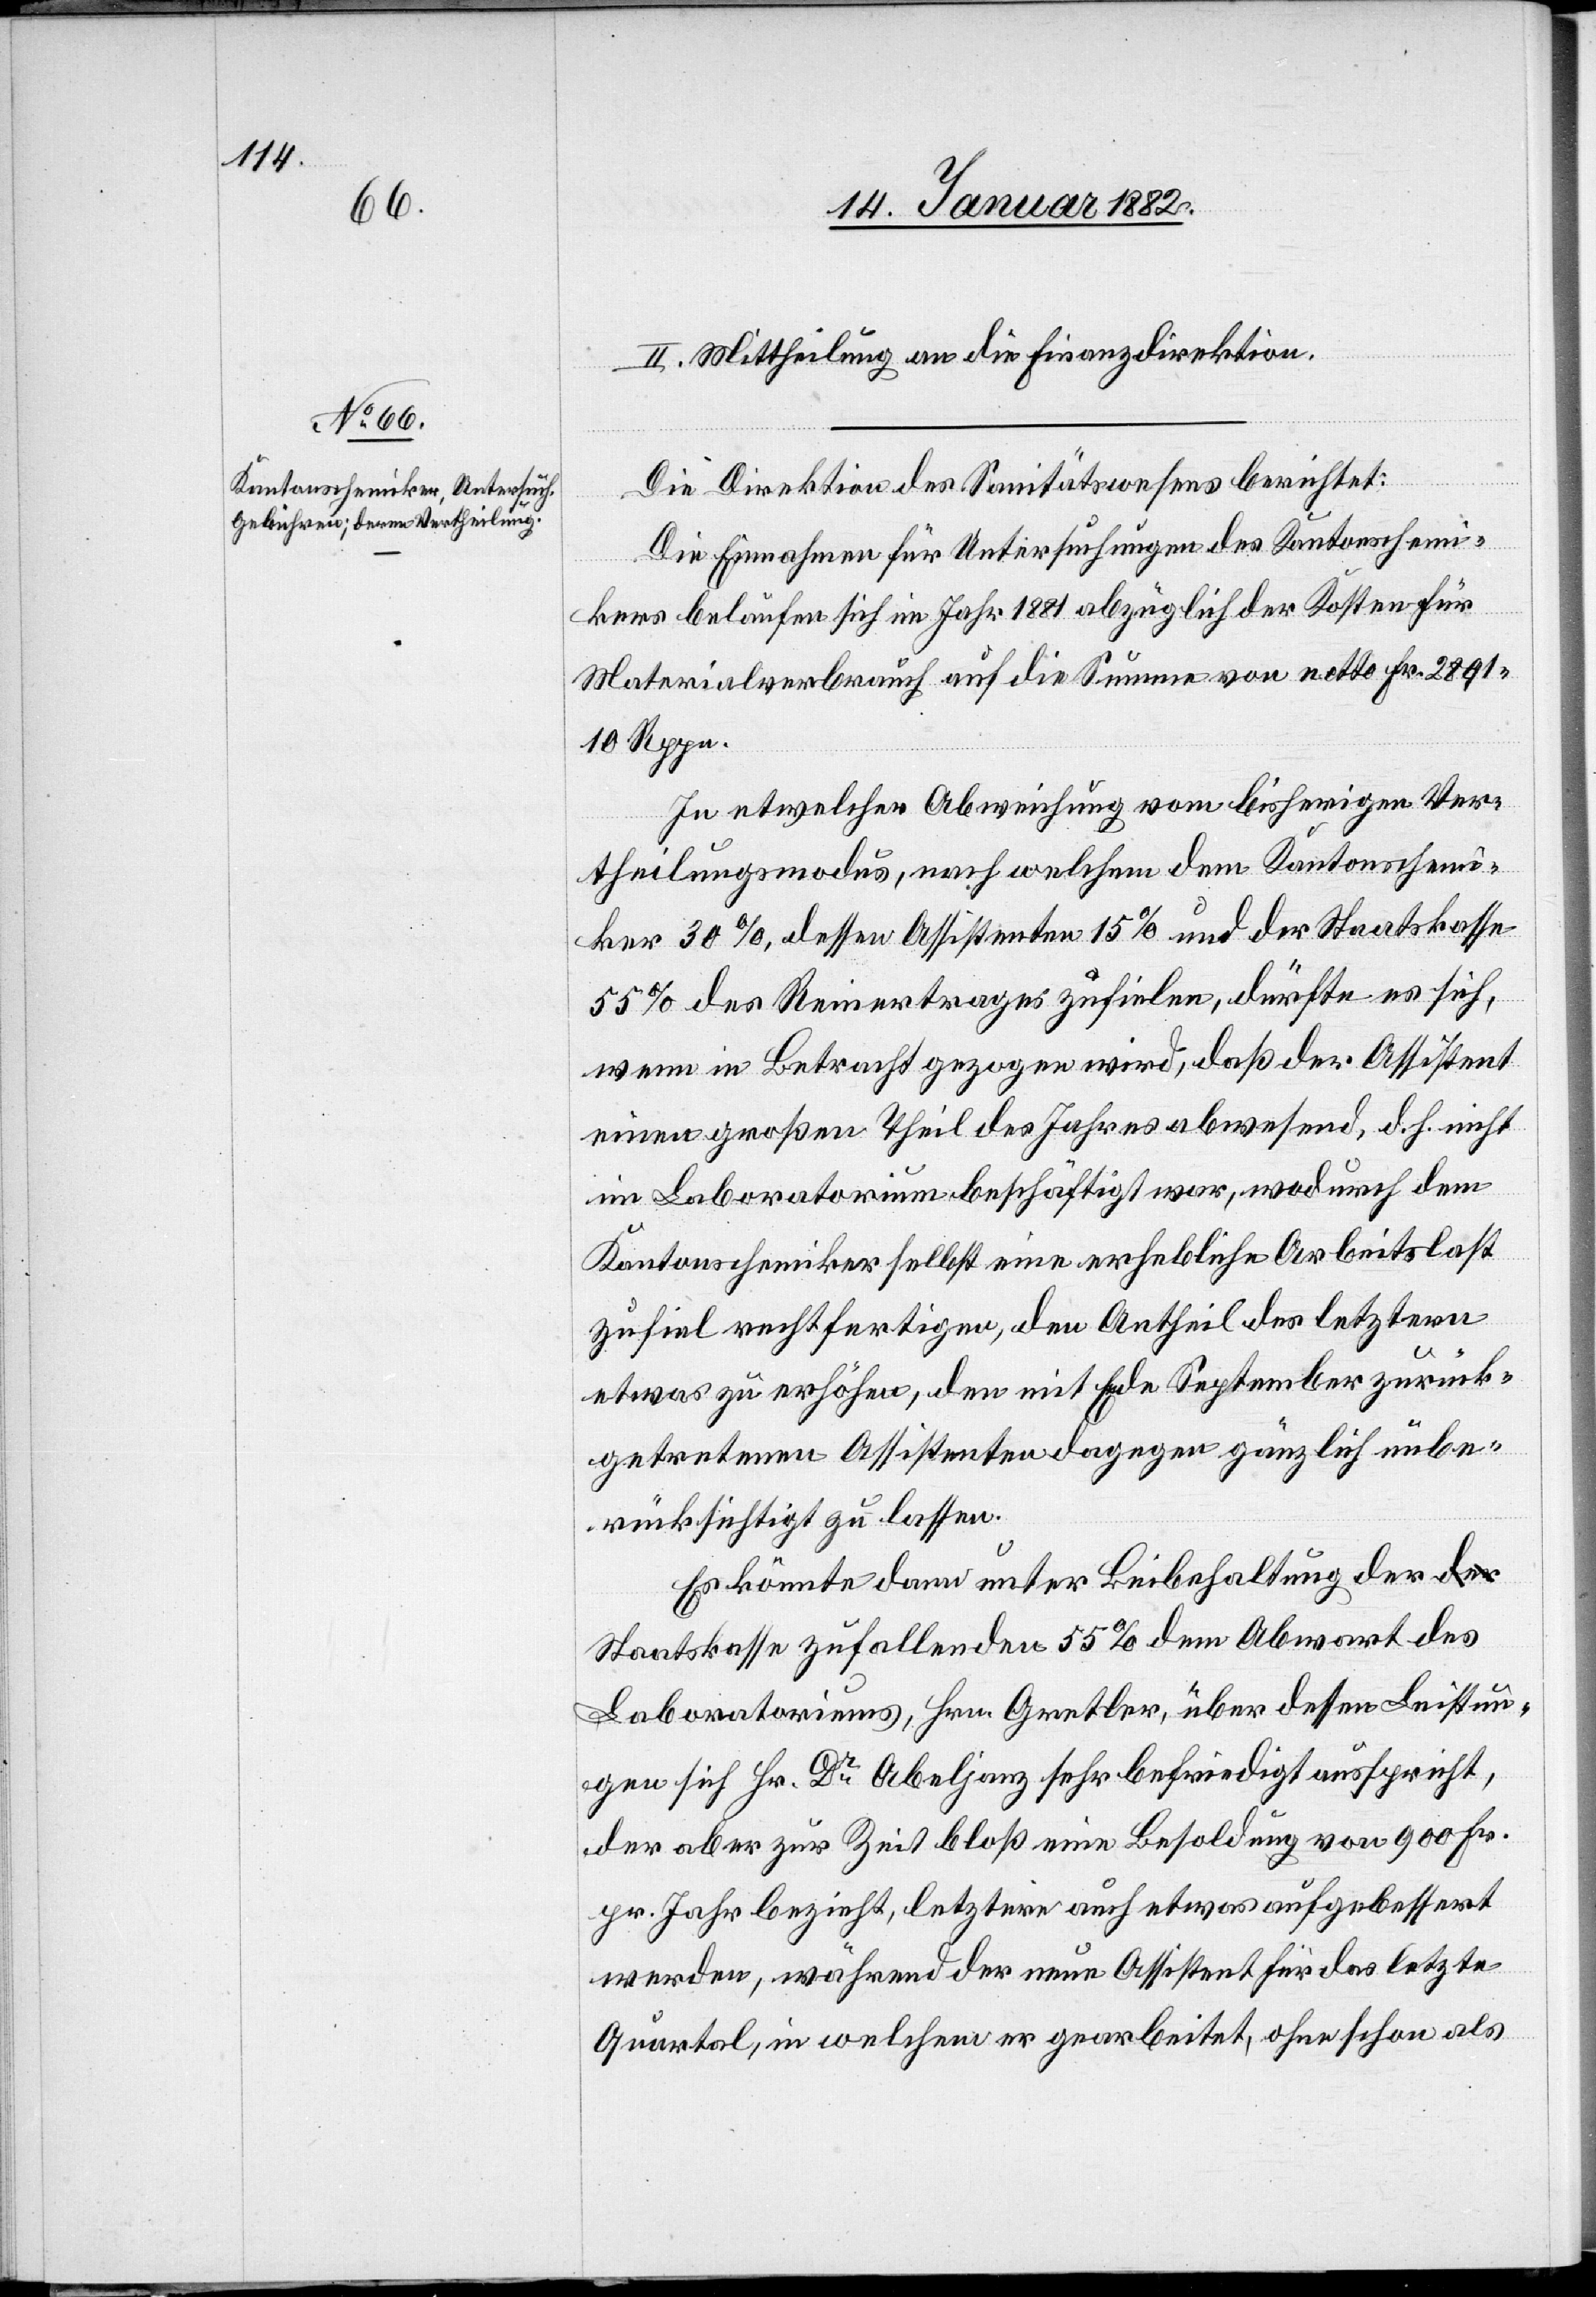
Die Direktion des Sanitätswesens berichtet:
Die Einnahmen der Untersuchungen des Kantonschemi¬
kers belaufen sich im Jahr 1881 abzüglich der Kosten für
Materialverbrauch auf die Summer von netto Fr. 2891
10 Rp.
In etwelcher Abweichung vom bisherigen Ver¬
theilungsmodus, nach welchem dem Kantonschemi¬
ker 30%, dessen Assistenten 15% und der Staatskasse
55% des Reinertrages zufielen, dürfte es sich,
wenn in Betracht gezogen wird, daß der Assistent
einen großen Theil des Jahres abwesend, d. h. nicht
im Laboratorium beschäftigt war, wodurch dem
Kantonschemiker selbst eine erhebliche Arbeitslast
zufiel rechtfertigen, den Antheil des letzteren
etwas zu erhöhen, den nicht Ende September zurück¬
getretenen Assistenten dagegen gänzlich unbe¬
rücksichtigt zu lassen.
Es könnte dann unter Beibehaltung der S¬
taatskasse zufallenden 55% dem Abwart des
Laboratoriums, Hrn. Gretler, über dessen Leistun¬
gen sich Hr. Dr Abeljanz sehr befriedigt ausspricht,
der aber zur Zeit bloß eine Besoldung von 900 Fr.
pr. Jahr bezieht, letztere auch etwas aufgebessert
werden, während der neue Assistent für das letzte
Quartal, in welchem er gearbeitet, ohne schon als